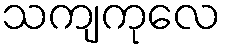
သကျကုလေ